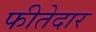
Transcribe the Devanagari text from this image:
फीतेदार